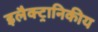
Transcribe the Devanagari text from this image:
इलैक्ट्रानिकीय